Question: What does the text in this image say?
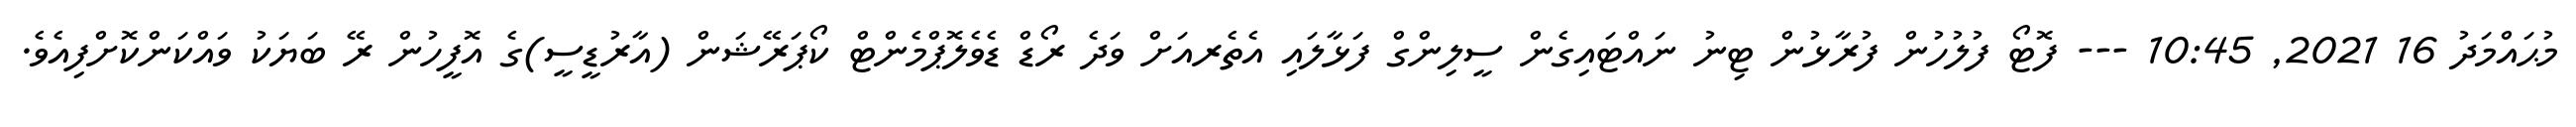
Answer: މުޙައްމަދު 16 2021, 10:45 --- ފޮޓޯ ފުލުހުން ފުރާޅުން ޓިނު ނައްޓައިގެން ސީލިންގް ފަޅާލައި އެތެރއަށް ވަދެ ރޯޑް ޑެވެލޮޕްމެންޓް ކޯޕަރޭޝަން (އާރުޑީސީ)ގެ އޮފީހުން ރޭ ބަޔަކު ވައްކަންކޮށްފިއެވެ.